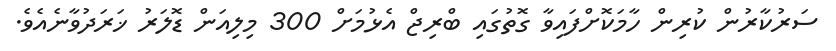
ސަރުކާރުން ކުރިން ހާމަކޮށްފައިވާ ގޮތުގައި ބްރިޖް އެޅުމަށް 300 މިލިއަން ޑޮލަރު ޚަރަދުވާނެއެވެ.